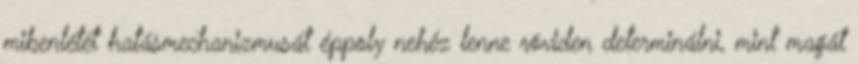
mibenlétét hatásmechanizmusát éppoly nehéz lenne röviden determinálni, mint magát